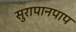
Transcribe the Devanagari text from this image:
सुरापानपाप